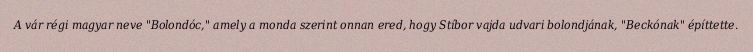
A vár régi magyar neve "Bolondóc," amely a monda szerint onnan ered, hogy Stíbor vajda udvari bolondjának, "Beckónak" építtette.